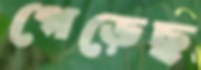
গেড়েছ